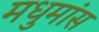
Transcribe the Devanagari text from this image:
मधुमांस